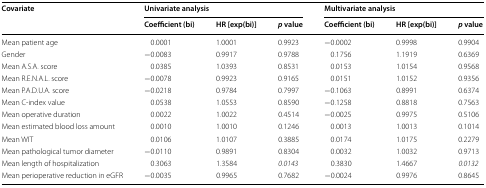
<table><thead><tr><td rowspan="2"><b>Covariate</b></td><td colspan="3"><b>Univariate analysis</b></td><td colspan="3"><b>Multivariate analysis</b></td></tr><tr><td><b>Coefficient (bi)</b></td><td><b>HR [exp(bi)]</b></td><td><b><i>p</i> value</b></td><td><b>Coefficient (bi)</b></td><td><b>HR [exp(bi)]</b></td><td><b><i>p</i> value</b></td></tr></thead><tbody><tr><td>Mean patient age</td><td>0.0001</td><td>1.0001</td><td>0.9923</td><td>−0.0002</td><td>0.9998</td><td>0.9904</td></tr><tr><td>Gender</td><td>−0.0083</td><td>0.9917</td><td>0.9788</td><td>0.1756</td><td>1.1919</td><td>0.6369</td></tr><tr><td>Mean A.S.A. score</td><td>0.0385</td><td>1.0393</td><td>0.8531</td><td>0.0153</td><td>1.0154</td><td>0.9568</td></tr><tr><td>Mean R.E.N.A.L. score</td><td>−0.0078</td><td>0.9923</td><td>0.9165</td><td>0.0151</td><td>1.0152</td><td>0.9356</td></tr><tr><td>Mean P.A.D.U.A. score</td><td>−0.0218</td><td>0.9784</td><td>0.7997</td><td>−0.1063</td><td>0.8991</td><td>0.6374</td></tr><tr><td>Mean C-index value</td><td>0.0538</td><td>1.0553</td><td>0.8590</td><td>−0.1258</td><td>0.8818</td><td>0.7563</td></tr><tr><td>Mean operative duration</td><td>0.0022</td><td>1.0022</td><td>0.4514</td><td>−0.0025</td><td>0.9975</td><td>0.5106</td></tr><tr><td>Mean estimated blood loss amount</td><td>0.0010</td><td>1.0010</td><td>0.1246</td><td>0.0013</td><td>1.0013</td><td>0.1014</td></tr><tr><td>Mean WIT</td><td>0.0106</td><td>1.0107</td><td>0.3885</td><td>0.0174</td><td>1.0175</td><td>0.2279</td></tr><tr><td>Mean pathological tumor diameter</td><td>−0.0110</td><td>0.9891</td><td>0.8304</td><td>0.0032</td><td>1.0032</td><td>0.9713</td></tr><tr><td>Mean length of hospitalization</td><td>0.3063</td><td>1.3584</td><td><i>0.0143</i></td><td>0.3830</td><td>1.4667</td><td><i>0.0132</i></td></tr><tr><td>Mean perioperative reduction in eGFR</td><td>−0.0035</td><td>0.9965</td><td>0.7682</td><td>−0.0024</td><td>0.9976</td><td>0.8645</td></tr></tbody></table>